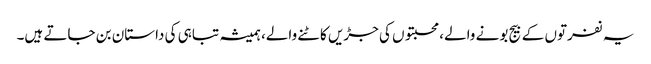
یہ نفرتوں کے بیج بونے والے، محبتوں کی جڑیں کاٹنے والے، ہمیشہ تباہی کی داستان بن جاتے ہیں۔